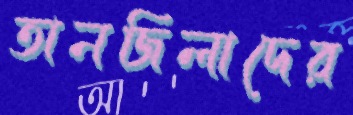
তানজিলাদের